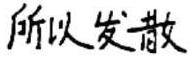
所以发散